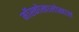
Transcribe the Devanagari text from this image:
मॉस्कोखालोखाल